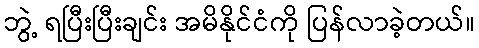
ဘွဲ့ ရပြီးပြီးချင်း အမိနိုင်ငံကို ပြန်လာခဲ့တယ်။